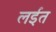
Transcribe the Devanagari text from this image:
लईत